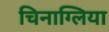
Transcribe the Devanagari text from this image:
चिनाग्लिया